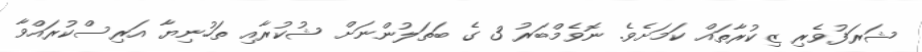
ޝަރަފުވެރި ޒިކުރާތައް ކަމަށެވެ. ނޮވެމްބަރު 3 ގެ ބަތަލުންނަށް ޝުކުރާއި ތަހުނިޔާ އަރިސްކުރައްވާ